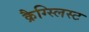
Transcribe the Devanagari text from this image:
क्रैग्स्लिस्ट